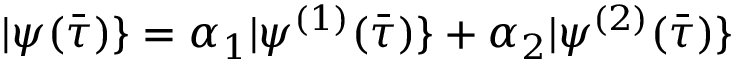
| \psi ( \bar { \tau } ) \} = \alpha _ { 1 } | \psi ^ { ( 1 ) } ( \bar { \tau } ) \} + \alpha _ { 2 } | \psi ^ { ( 2 ) } ( \bar { \tau } ) \}